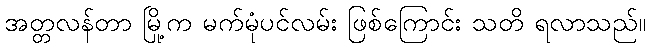
အတ္တလန်တာ မြို့က မက်မုံပင်လမ်း ဖြစ်ကြောင်း သတိ ရလာသည်။